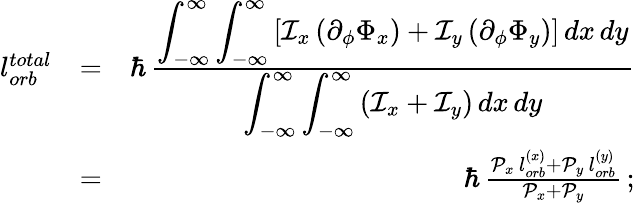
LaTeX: \begin{array}{rlr}{l_{orb}^{total}}&{=}&{\hbar\, \frac{\displaystyle\int_{-\infty}^{\infty}\int_{-\infty}^{\infty}\left[\mathcal{I}_{x}\, (\partial_{\phi}\Phi_{x})+\mathcal{I}_{y}\, (\partial_{\phi}\Phi_{y})\right]\, dx\, dy}{\displaystyle\int_{-\infty}^{\infty}\int_{-\infty}^{\infty}\left(\mathcal{I}_{x}+\mathcal{I}_{y}\right)\, dx\, dy}}\\ &{=}&{\hbar\, \frac{\mathcal{P}_{x}\, l_{orb}^{(x)}+\mathcal{P}_{y}\, l_{orb}^{(y)}}{\mathcal{P}_{x}+\mathcal{P}_{y}}\, ;}\end{array}